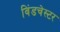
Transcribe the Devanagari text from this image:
विंडचेस्टर